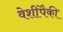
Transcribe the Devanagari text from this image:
वेशींपैकी